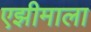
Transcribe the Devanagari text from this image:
एझीमाला